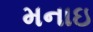
મનાઇ